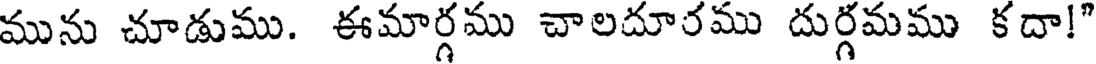
మును చూడుము. ఈమార్గము చాలదూరము దుర్గమము కదా!"